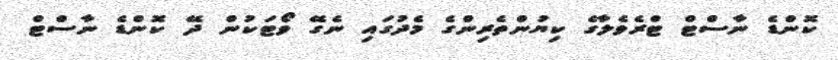
ކޮންޑެ ނާސްޓް ޓްރެވެލާގެ ކިޔުންތެރިންގެ މެދުގައި ނެގޭ ވޯޓަކުން ދޭ ކޮންޑެ ނާސްޓް